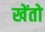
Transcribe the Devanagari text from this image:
खेंतो